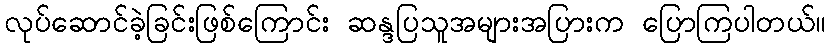
လုပ်ဆောင်ခဲ့ခြင်းဖြစ်ကြောင်း ဆန္ဒပြသူအများအပြားက ပြောကြပါတယ်။